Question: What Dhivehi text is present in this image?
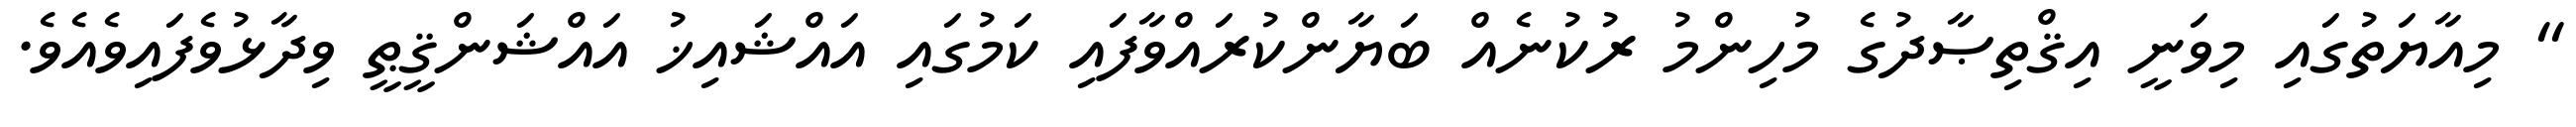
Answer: " މިއާޔަތުގައި މިވަނީ އިޤްތިޞާދުގެ މުހިންމު ރުކުނެއް ބަޔާންކުރައްވާފައި ކަމުގައި އައްޝައިޚު އައްޝަންޤީޠީ ވިދާޅުވެފައިވެއެވެ.